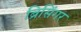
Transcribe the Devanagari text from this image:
ब्रिसिंगर